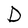
Character: D